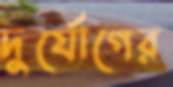
দুর্যোগের